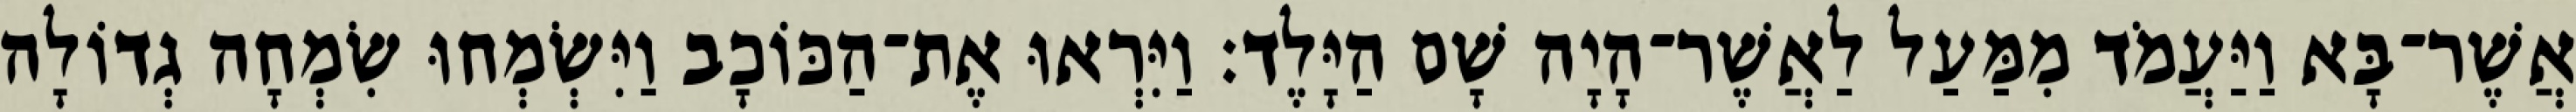
אֲשֶׁר־בָּא וַיַּעֲמֹד מִמַּעַל לַאֲשֶׁר־הָיָה שָׁם הַיָּלֶד׃ וַיִּרְאוּ אֶת־הַכּוֹכָב וַיִּשְׂמְחוּ שִׂמְחָה גְדוֹלָה